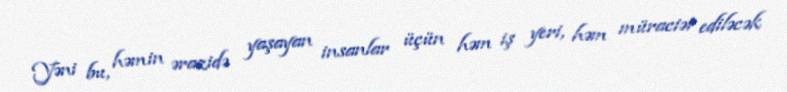
Yəni bu, həmin ərazidə yaşayan insanlar üçün həm iş yeri, həm müraciət ediləcək